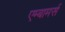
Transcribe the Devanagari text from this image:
एम्बामर्स